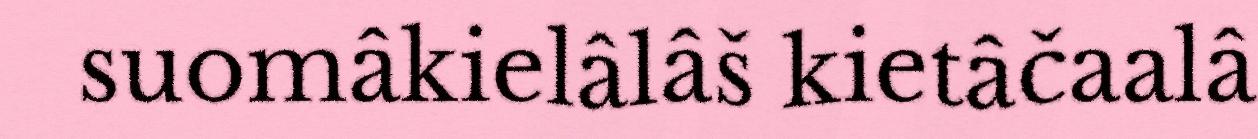
suomâkielâlâš kietâčaalâ